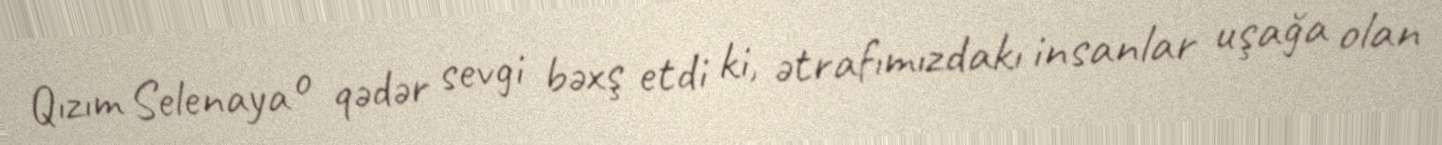
Qızım Selenaya o qədər sevgi bəxş etdi ki, ətrafımızdakı insanlar uşağa olan